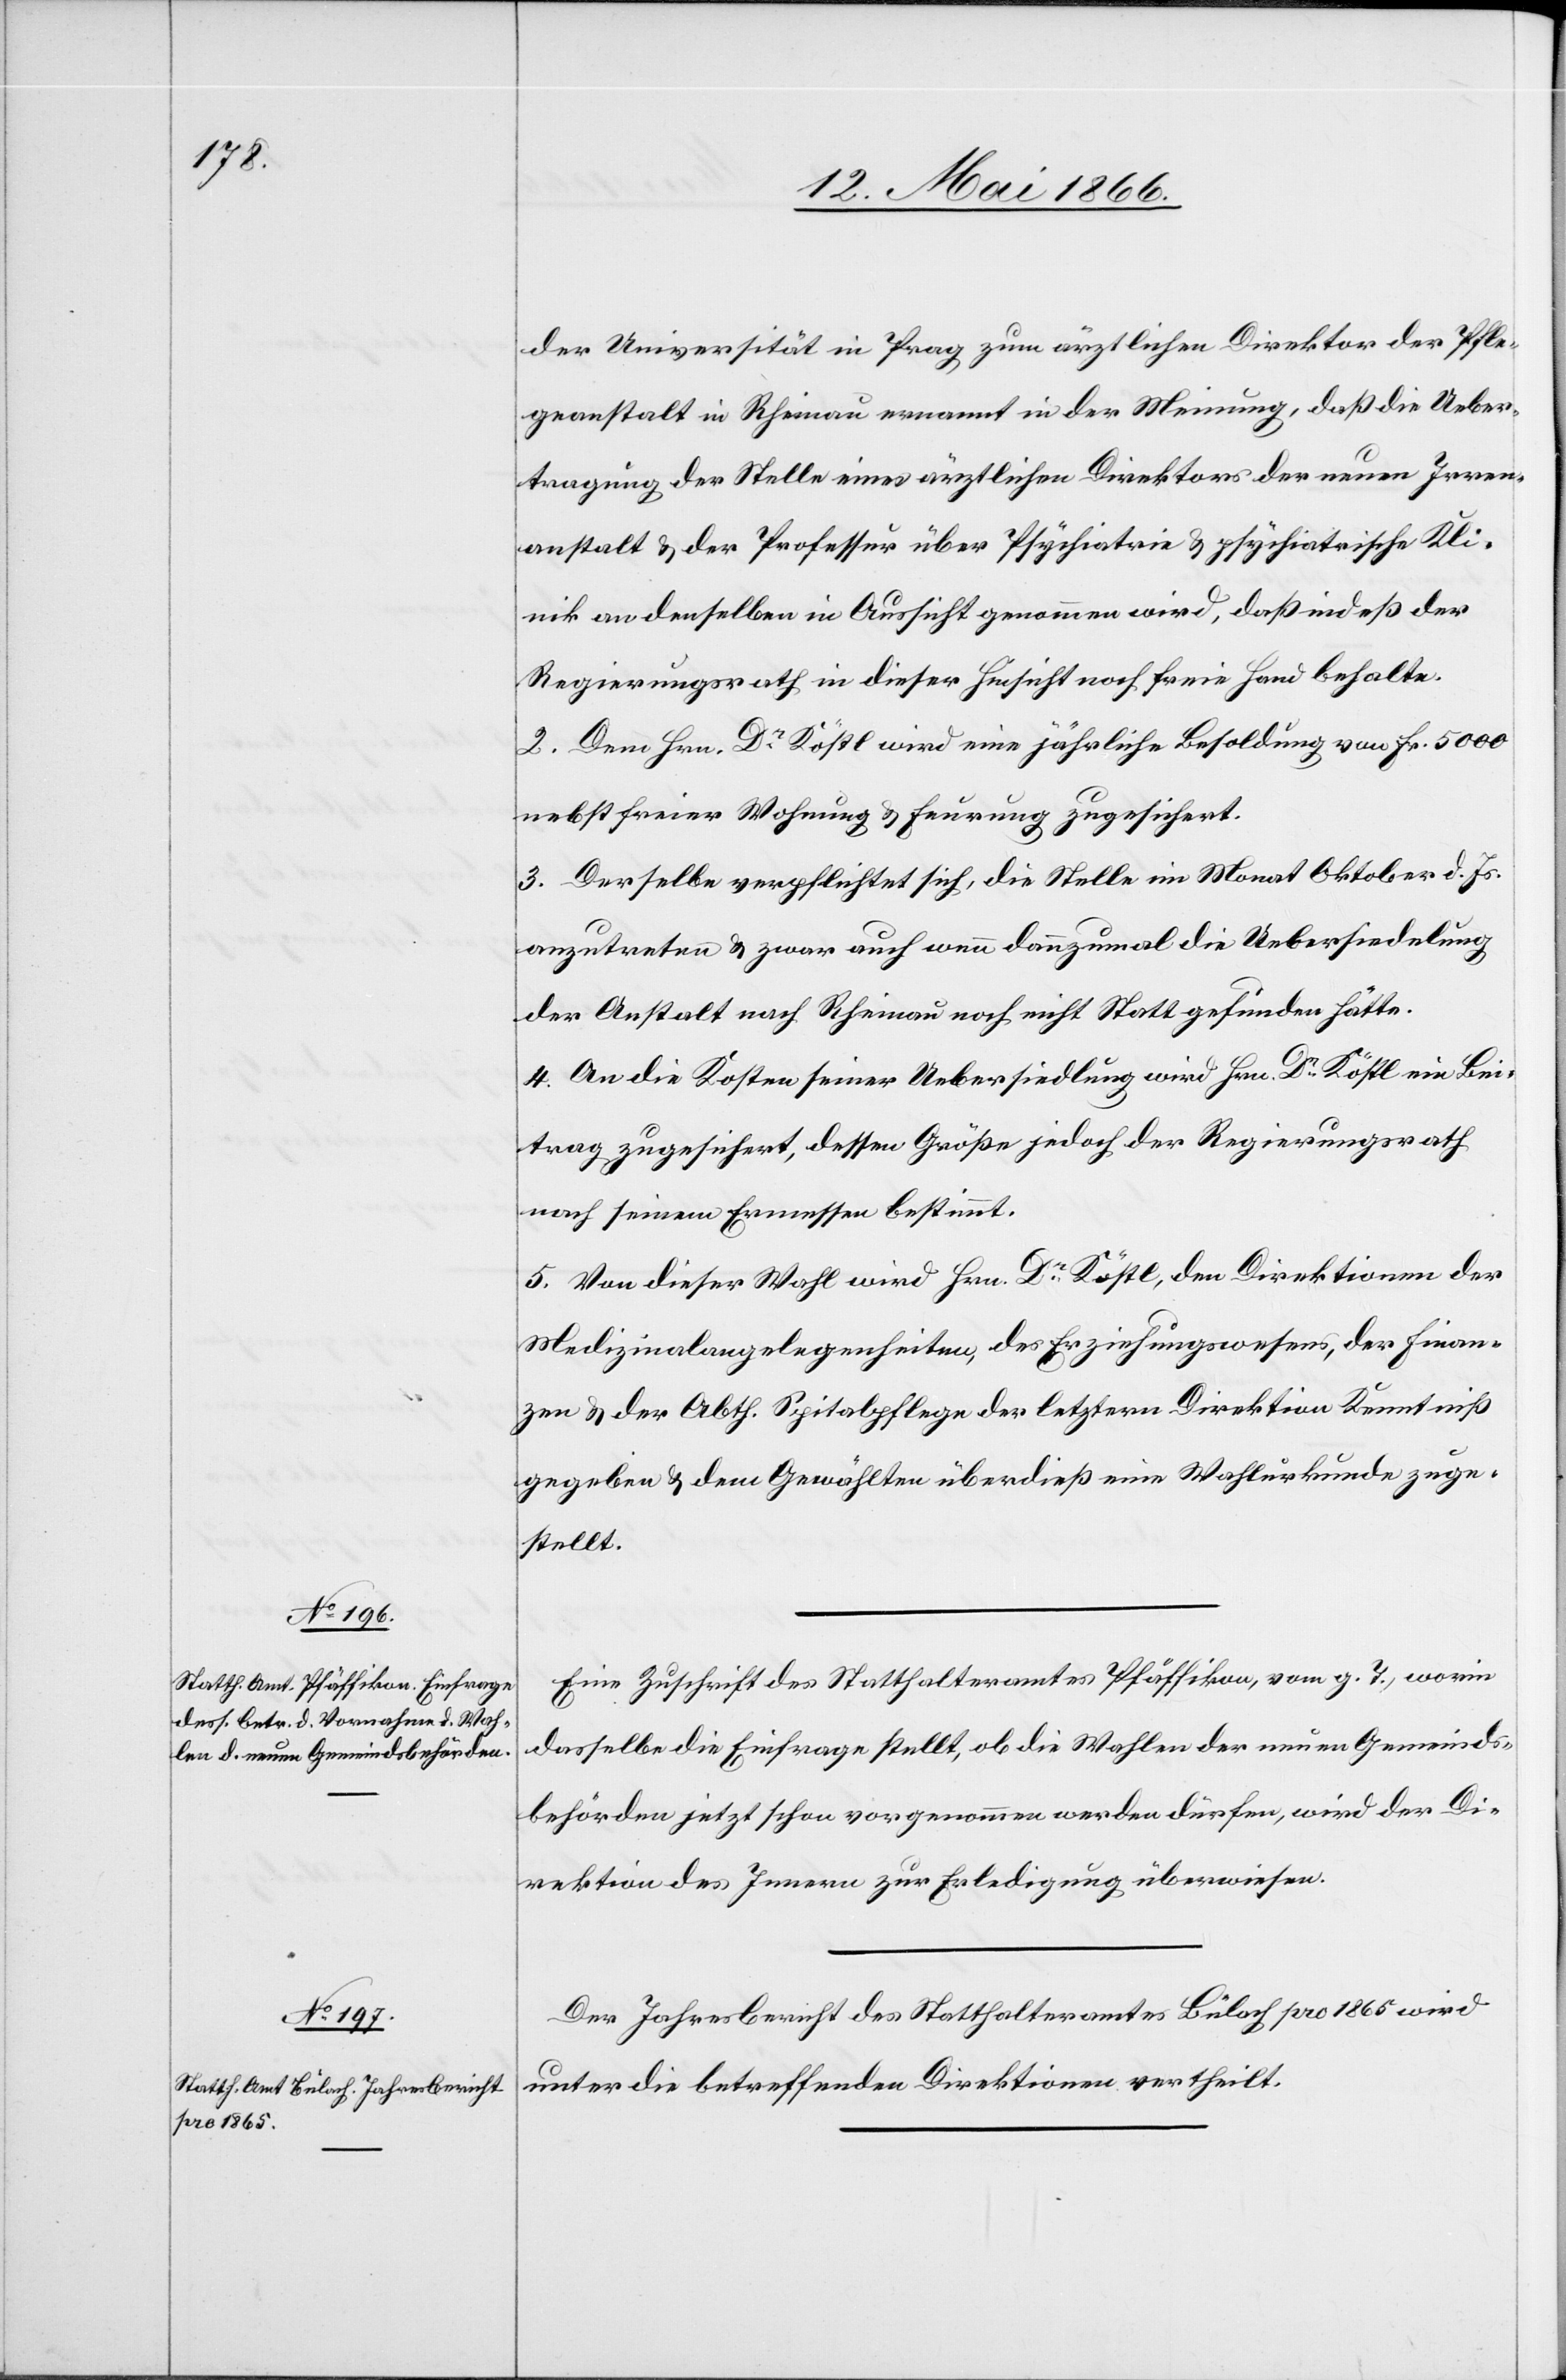
der Universität in Prag zum ärztlichen Direktor der Pfle¬
geanstalt in Rheinau ernannt in der Meinung, daß die Ueber¬
tragung der Stelle eines ärztlichen Direktors der neuen Irren¬
anstalt u. der Professur über Psychiatrie u. psychiatrische Kli¬
nik an denselben in Aussicht genommen wird, daß indeß der
Regierungsrath in dieser Hinsicht noch freie Hand behalte.
2. Dem Hrn. Dr. Köstl wird eine jährliche Besoldung von Fr. 5000
nebst freier Wohnung u. Feurung zugesichert.
3. Derselbe verpflichtet sich, die Stelle im Monat Oktober d. Js.
anzutreten u. zwar auch wenn dannzumal die Uebersiedelung
der Anstalt nach Rheinau noch nicht Statt gefunden hätte.
4. An die Kosten seiner Uebersiedlung wird Hrn. Dr. Köstl ein Bei¬
trag zugesichert, dessen Größe jedoch der Regierungsrath
nach seinem Ermessen bestimmt.
5. Von dieser Wahl wird Hrn. Dr. Köstl, den Direktionen der
Medizinalangelegenheiten, des Erziehungswesens, der Finan¬
zen u. der Abth. Spitalpflege der letztern Direktion Kenntniß
gegeben u. dem Gewählten überdieß eine Wahlurkunde zuge¬
stellt.
Eine Zuschrift des Statthalteramtes Pfäffikon, vom g. T., worin
dasselbe die Einfrage stellt, ob die Wahlen der neuen Gemeinds¬
behörden jetzt schon vorgenommen werden dürfen, wird der Di¬
rektion des Innern zur Erledigung überwiesen.
Der Jahresbericht des Statthalteramtes Bülach pro 1865 wird
unter die betreffenden Direktionen vertheilt.